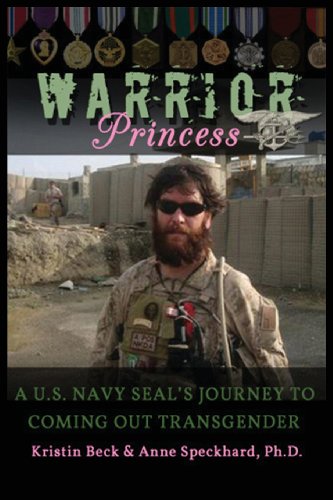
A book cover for Warrior Princess: A U.S. Navy Seal's Journey to Coming Out Transgender; Kristin Beck; Gay & Lesbian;